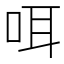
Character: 咡